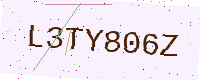
Text: L3TY806Z